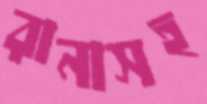
রানাসহ